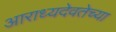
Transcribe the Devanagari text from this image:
आराध्यदेवतेच्या